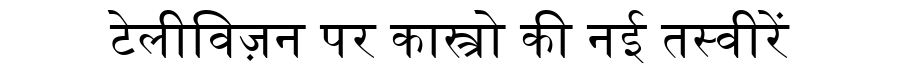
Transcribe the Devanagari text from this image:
टेलीविज़न पर कास्त्रो की नई तस्वीरें